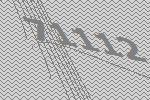
71112